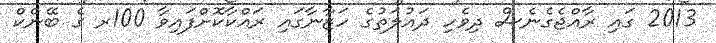
2013 ގައި ރާއްޖެގެނެސް ދިވެހި ދައުލަތުގެ ހަޒާނާގައި ރައްކާކޮށްފައިވާ 100ރ ގެ ބޭންކް